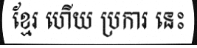
ខ្មែរ ហើយ ប្រការ នេះ